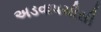
અડવાપચીસી